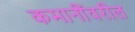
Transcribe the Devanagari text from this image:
कमानींवरील